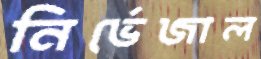
নির্ভেজাল